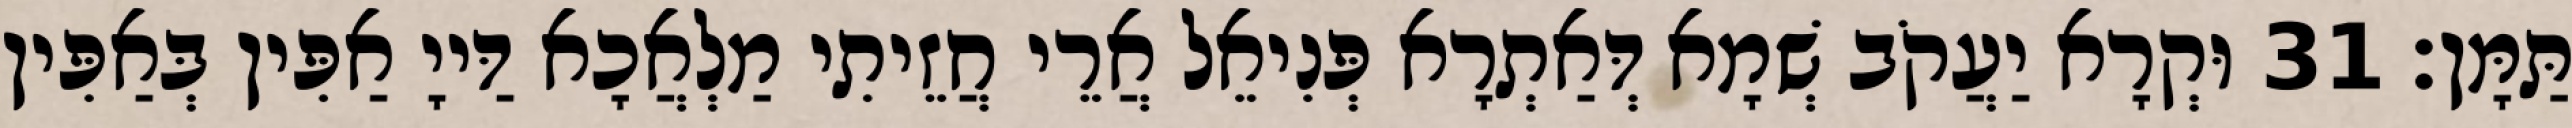
תַּמָּן׃ 31 וּקְרָא יַעֲקֹב שְׁמָא דְּאַתְרָא פְּנִיאֵל אֲרֵי חֲזֵיתִי מַלְאֲכָא דַּייָ אַפִּין בְּאַפִּין